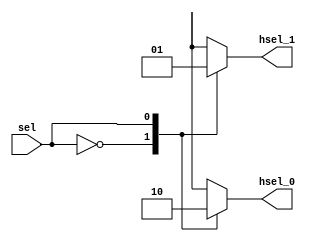
//-----------------------------------------------------------
// Module Name: Decoder
// The decoder for ahb system with 4 slave
// Created on 2020-11-2
//-----------------------------------------------------------

module decoder(
  input  sel,
  output reg hsel_0,
  output reg hsel_1
);

wire hsel_temp;

always @(*) begin
  case(sel)
    1'b0: begin
      hsel_0 = 1'b1;
      hsel_1 = 1'b0;
    end
    1'b1: begin
      hsel_0 = 1'b0;
      hsel_1 = 1'b1;
    end
  endcase
end


endmodule